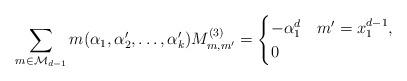
LaTeX: \begin{align*} \sum_{m\in\mathcal{M}_{d-1}} m(\alpha_1,\alpha_2',\dotsc,\alpha_k') M^{(3)}_{m,m'}=\begin{cases}-\alpha_1^d&m'=x_1^{d-1},\\0&\end{cases}\end{align*}